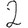
Digit: 2